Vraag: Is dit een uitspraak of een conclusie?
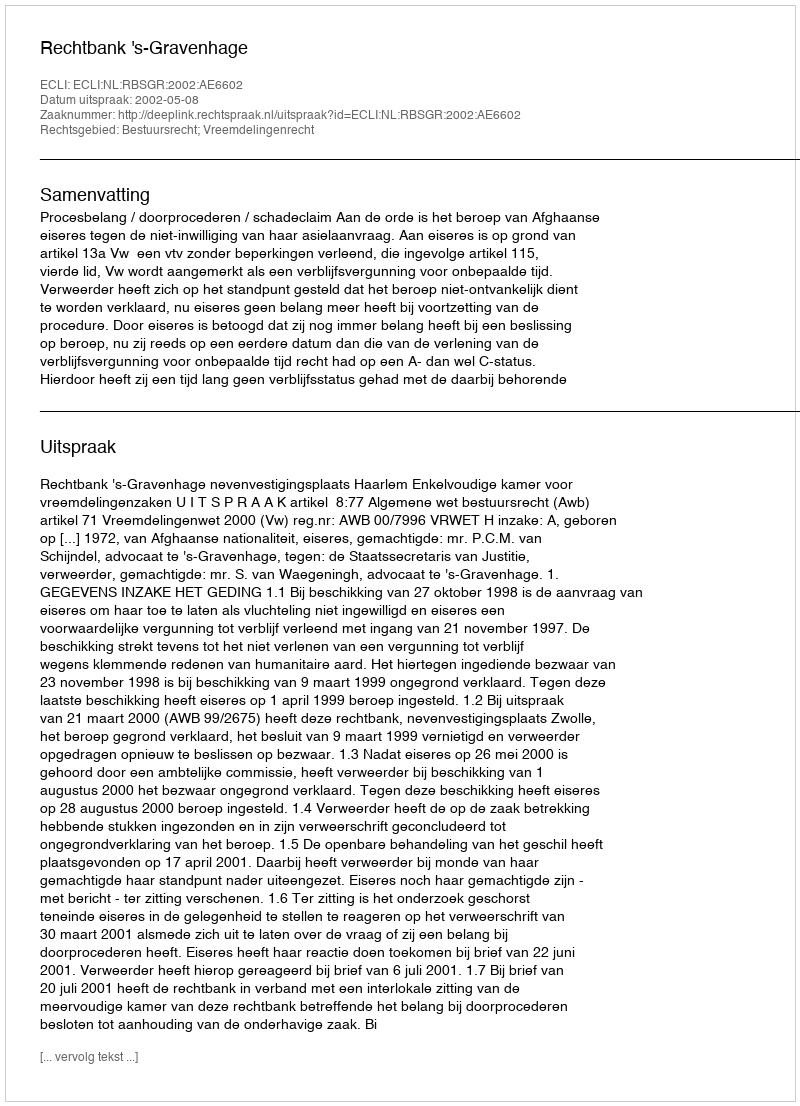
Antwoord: Uitspraak